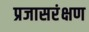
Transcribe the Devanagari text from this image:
प्रजासरंक्षण